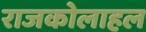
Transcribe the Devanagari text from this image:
राजकोलाहल